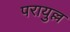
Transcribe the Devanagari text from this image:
परायुल्ल